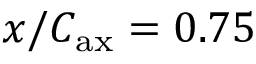
x / C _ { \mathrm { a x } } = 0 . 7 5